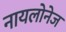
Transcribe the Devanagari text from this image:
नायलोनेज